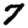
Digit: 7